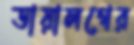
ডায়ালগের